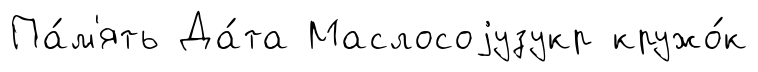
Па́м'ять Да́та Маслосоjузукр кружо́к